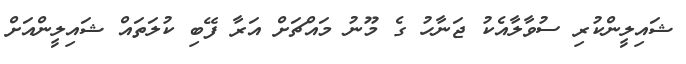
ޝައިލީންކުރި ސުވާލާއެކު ޖަނާހު ގެ މޫނު މައްޗަށް އަރާ ފޭބި ކުލަތައް ޝައިލީންއަށް